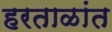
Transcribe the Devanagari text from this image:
हरताळांत